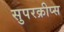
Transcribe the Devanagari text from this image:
सुपरक्रीप्स